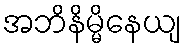
အဘိနိမ္မိနေယျ